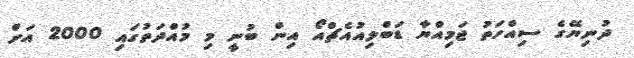
ދުނިޔޭގެ ސިއްހަތު ޖަމިއްޔާ ޑަބްލިއުއެޗްއޯ އިން ބުނީ މި މުއްދަތުގައި 2000 އަށް